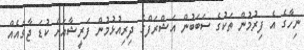
ނިހާގެ އެ ފިރުމުން ތަކުގެ ސަބަބުން އަޝްރަފްގެ ދިރިއުޅުމުން ފަރީޝާއަށް ކުޑަ ޖާގައެއް